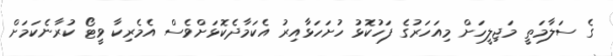
ގެ ސަލާމަތީ މަޖިލީހަށް މިއަހަރުގެ ފަހުކޮޅު ހުށަހަޅާއިރު އެކަމާދެކޮޅަށްވެސް އެމެރިކާ ވީޓޯ ކުރާނެކަމަށް